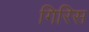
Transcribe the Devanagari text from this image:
गिरिस